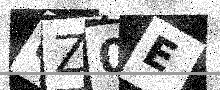
Text: 8Z0E